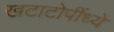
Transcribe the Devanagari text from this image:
खटाटोपींध्ये